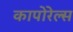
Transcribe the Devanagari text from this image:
कापोरेल्स